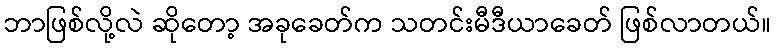
ဘာဖြစ်လို့လဲ ဆိုတော့ အခုခေတ်က သတင်းမီဒီယာခေတ် ဖြစ်လာတယ်။